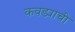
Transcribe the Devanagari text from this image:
कवड्याची